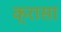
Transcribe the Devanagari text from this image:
क्रासा